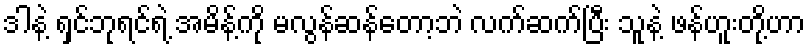
ဒါနဲ့ ရှင်ဘုရင်ရဲ့ အမိန့်ကို မလွန်ဆန်တော့ဘဲ လက်ဆက်ပြီး သူနဲ့ ဖန်ဟူးတို့ဟာ